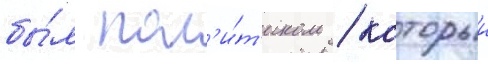
бы́л пол'и́т'иком / которыи